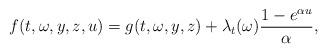
LaTeX: \begin{align*}f(t,\omega,y,z,u)=g(t,\omega,y,z)+\lambda_t(\omega)\frac{1-e^{\alpha u}}{\alpha},\end{align*}